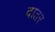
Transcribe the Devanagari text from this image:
दातर